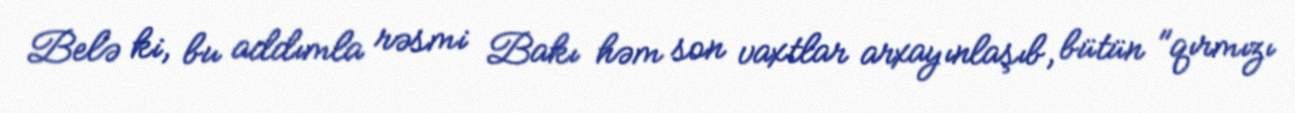
Belə ki, bu addımla rəsmi Bakı həm son vaxtlar arxayınlaşıb, bütün "qırmızı